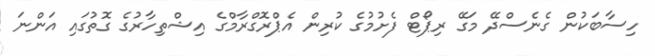
ހިސާބަކުން ގެނެސްދޭ މަގޭ ރިޕޯޓް ފެށުމުގެ ކުރިން އެޕްރޮގްރާމްގެ އިޝްތިހާރުގެ ގޮތުގައި އަންނަ